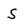
Character: S